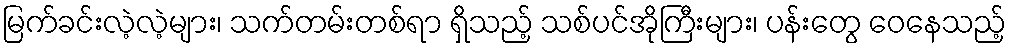
မြက်ခင်းလဲ့လဲ့များ၊ သက်တမ်းတစ်ရာ ရှိသည့် သစ်ပင်အိုကြီးများ၊ ပန်းတွေ ဝေနေသည့်